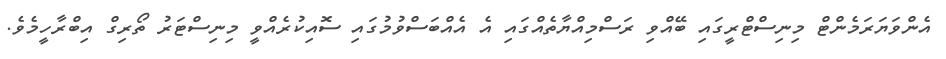
އެންވަޔަރަމެންޓް މިނިސްޓްރީގައި ބޭއްވި ރަސްމިއްޔާތެއްގައި އެ އެއްބަސްވުމުގައި ސޮއިކުރެއްވީ މިނިސްޓަރު ތޯރިގް އިބްރާހީމެވެ.